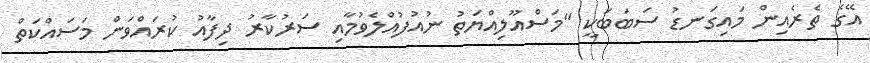
އޭގެ ތެރެއިން މައިގަނޑު ސަބަބަކީ "މަސްއޫލިއްޔަތު ނުއުފުއްލެވުމާއި ސަރުކާރު ދިފާއު ކުރައްވަން މަސައްކަތް